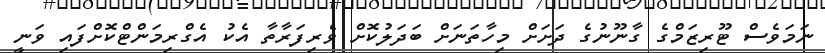
ނަމަވެސް ޓޫރިޒަމްގެ ގާނޫނުގެ ދަށަށް މިހާތަނަށް ބަދަލުކޮށް ވެރިފަރާތާ އެކު އެގްރިމަންޓްކޮށްފައި ވަނީ